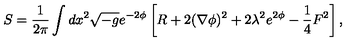
S = \frac { 1 } { 2 \pi } \int d x ^ { 2 } \sqrt { - g } e ^ { - 2 \phi } \left[ R + 2 ( \nabla \phi ) ^ { 2 } + 2 \lambda ^ { 2 } e ^ { 2 \phi } - \frac { 1 } { 4 } F ^ { 2 } \right] ,